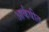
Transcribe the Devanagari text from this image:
आर्कषीत